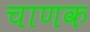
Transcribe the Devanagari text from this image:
चाणक